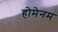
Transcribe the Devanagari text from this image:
होमेनम